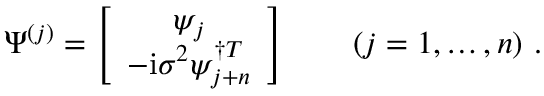
{ \Psi } ^ { ( j ) } = \left[ \begin{array} { c } { { { \psi } _ { j } } } \\ { { - { \mathrm { i } } { \sigma } ^ { 2 } { \psi } _ { j + n } ^ { \dagger T } } } \end{array} \right] \qquad ( j = 1 , \ldots , n ) \ .